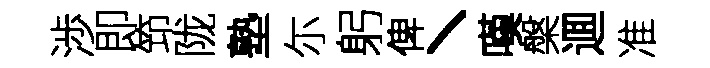
渉即笻陇塾尓躬俾丶嘆槃逥准